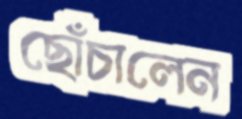
ছোঁচালেন